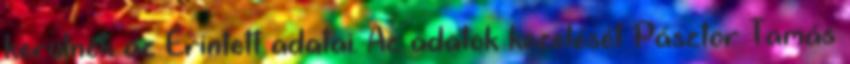
kerülnek az Érintett adatai. Az adatok kezelését Pásztor Tamás